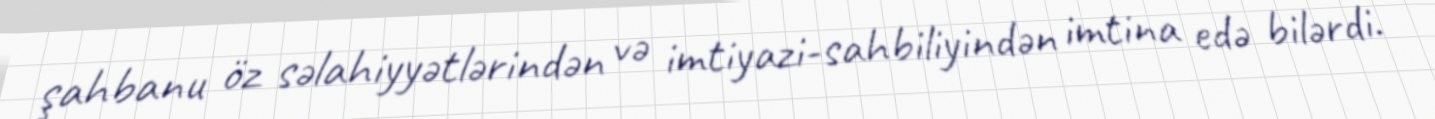
şahbanu öz səlahiyyətlərindən və imtiyazi-sahbiliyindən imtina edə bilərdi.